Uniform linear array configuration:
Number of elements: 16
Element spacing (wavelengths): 0.5
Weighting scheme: cosine
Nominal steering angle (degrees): -60
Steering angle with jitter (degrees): -59.344
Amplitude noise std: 0.05
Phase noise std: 0.05

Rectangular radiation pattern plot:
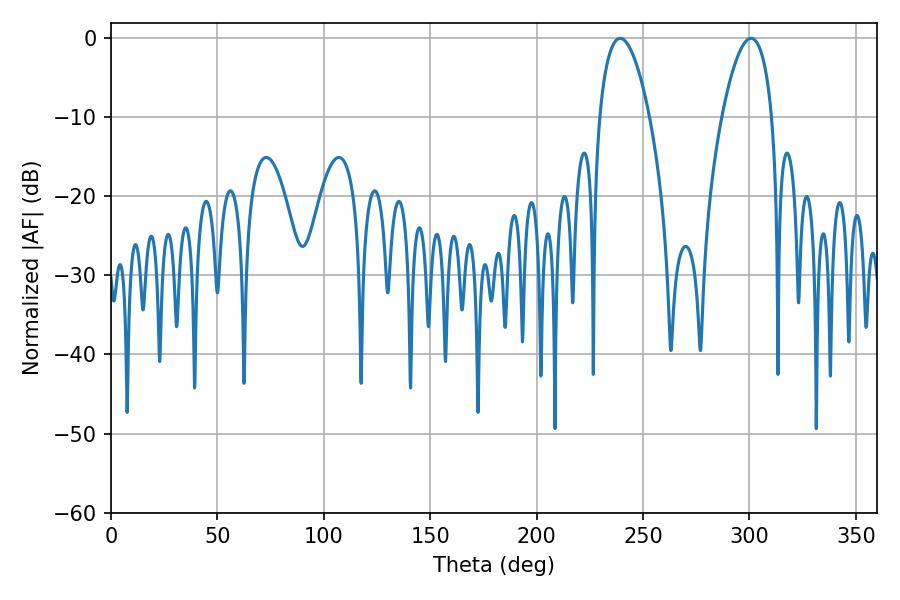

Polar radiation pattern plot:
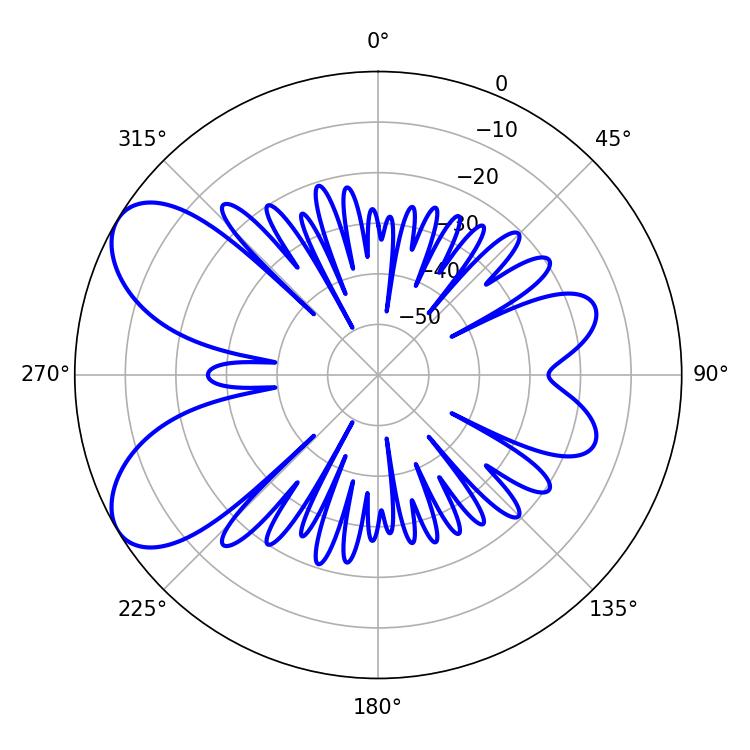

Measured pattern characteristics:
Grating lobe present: FALSE
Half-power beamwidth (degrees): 13.14
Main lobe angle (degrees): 300.78